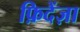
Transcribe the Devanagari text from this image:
फ़िदेंज़ा